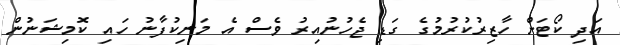
އަދި ކޯޓަށް ހާޒިރުކުރުމުގެ ގަޑި ޖެހުނުއިރު ވެސް އެ މަނިކުފާނު ހައި ކޮމިޝަނުން